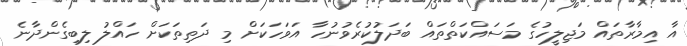
އާ އިމާރާތައް މަޖިލީހުގެ މަސައްކަތްތައް ބަދަލުކުރެވުނުހާ އަވަހަކަށް މި ދަތިތަކަށް ހައްލު ލިބިގެންދާނެ